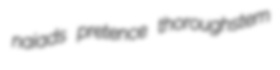
naiads pretence thoroughstem